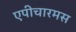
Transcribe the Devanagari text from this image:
एपीचारमस